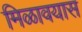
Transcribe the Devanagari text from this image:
मिळावयास